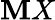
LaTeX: \mathbf{M}X